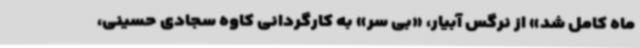
ماه کامل شد» از نرگس آبیار، «بی سر» به کارگردانی کاوه سجادی حسینی،